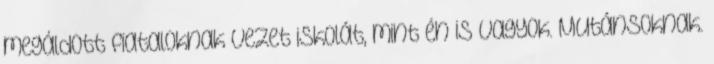
megáldott fiataloknak vezet iskolát, mint én is vagyok. Mutánsoknak.